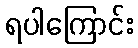
ရပါကြောင်း